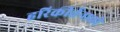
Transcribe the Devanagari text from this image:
हरिकीर्तनाची